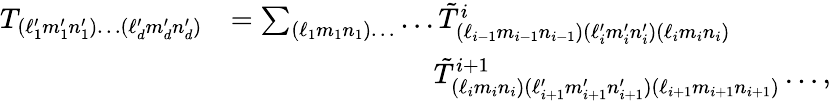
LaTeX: \begin{array}{rl}{T_{(\ell_{1}^{\prime}m_{1}^{\prime}n_{1}^{\prime})\ldots(\ell_{d}^{\prime}m_{d}^{\prime}n_{d}^{\prime})}}&{=\sum_{(\ell_{1}m_{1}n_{1})\ldots}\ldots\tilde{T}_{(\ell_{i-1}m_{i-1}n_{i-1})(\ell_{i}^{\prime}m_{i}^{\prime}n_{i}^{\prime})(\ell_{i}m_{i}n_{i})}^{i}}\\ &{\mathstrut\phantom{=\sum_{(\ell_{1}m_{1}n_{1})\ldots}\ldots}\tilde{T}_{(\ell_{i}m_{i}n_{i})(\ell_{i+1}^{\prime}m_{i+1}^{\prime}n_{i+1}^{\prime})(\ell_{i+1}m_{i+1}n_{i+1})}^{i+1}\ldots,}\end{array}